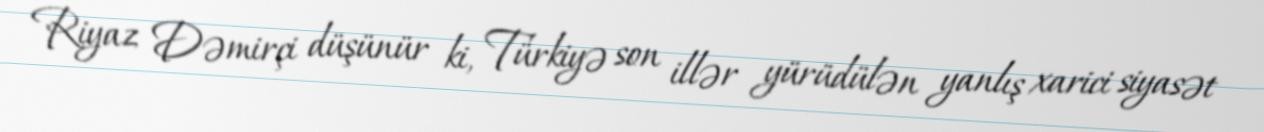
Riyaz Dəmirçi düşünür ki, Türkiyə son illər yürüdülən yanlış xarici siyasət